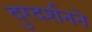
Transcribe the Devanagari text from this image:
दुरदर्शनने